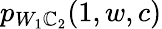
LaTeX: p_{W_{1}\mathbb{C}_{2}}(1,w,c)